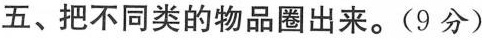
五、把不同类的物品圈出来。(9分)